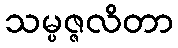
သမ္ပဇ္ဇလိတာ